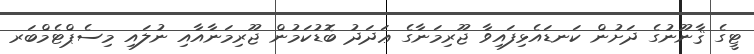
ޓީގެ ޤާނޫނުގެ ދަށުން ކަނޑައެޅިފައިވާ ޖޫރިމަނާގެ ޢަދަދު ބޮޑުކަމުން ޖޫރިމަނާއާއި ނުލައި މިސެޕްޓެމްބަރ